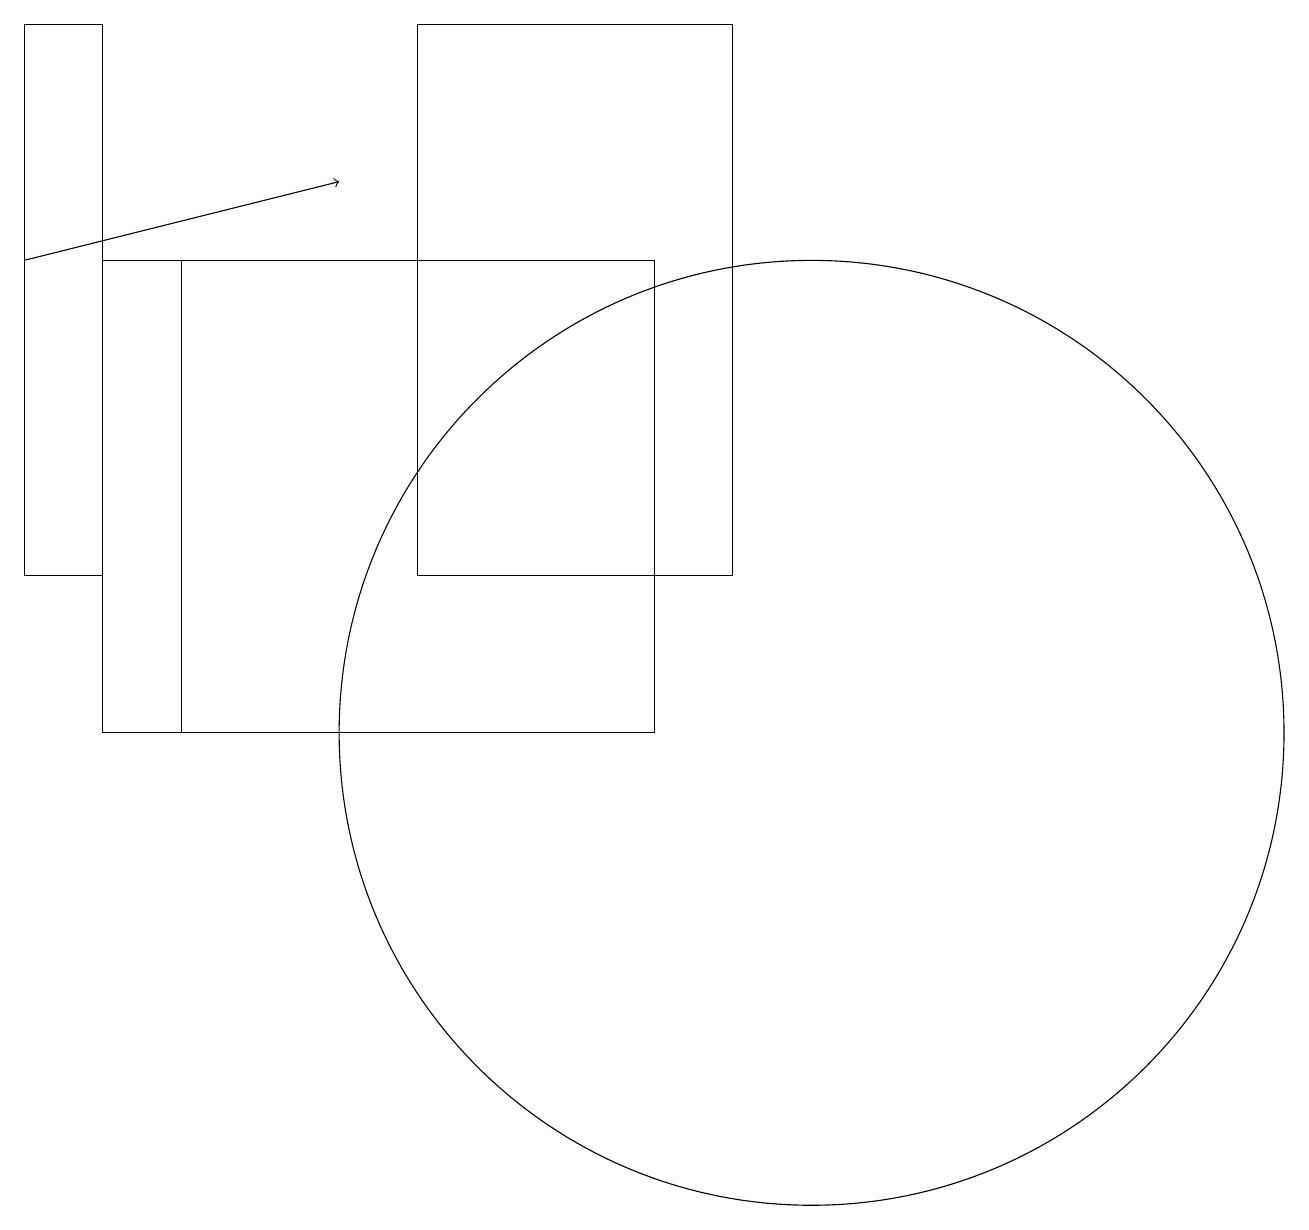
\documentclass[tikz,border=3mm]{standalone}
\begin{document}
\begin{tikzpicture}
\draw (10,10) circle (6);
\draw (1,16) rectangle (2,10);
\draw (9,12) rectangle (5,19);
\draw (8,16) rectangle (2,10);
\draw[->] (0,16) -- (4,17);
\draw (0,12) rectangle (1,19);
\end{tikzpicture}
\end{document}